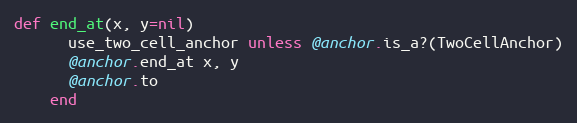
Language: Ruby
def end_at(x, y=nil)
      use_two_cell_anchor unless @anchor.is_a?(TwoCellAnchor)
      @anchor.end_at x, y
      @anchor.to
    end